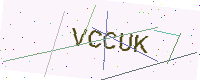
Text: VCCUK